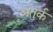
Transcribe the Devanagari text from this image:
अतुर्क